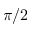
\pi / 2